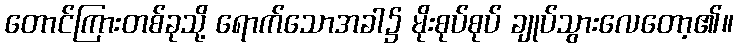
တောင်ကြားတစ်ခုသို့ ရောက်သောအခါ၌ မိုးစုပ်စုပ် ချုပ်သွားလေတော့၏။